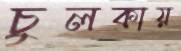
চুলকায়